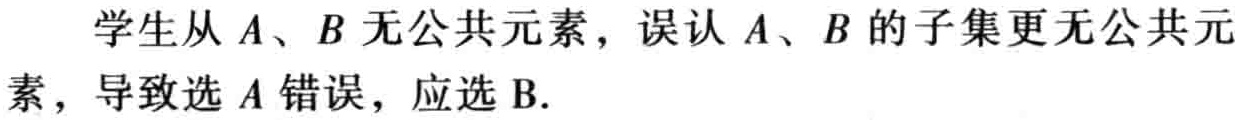
学生从\(A\)、\(B\)无公共元素，误认\(A\)、\(B\)的子集更无公共元素，导致选\(A\)错误，应选\(B\).